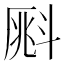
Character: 𣂀